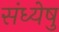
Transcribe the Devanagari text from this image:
संध्येषु